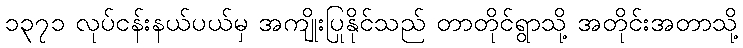
၁၃၇၁ လုပ်ငန်းနယ်ပယ်မှ အကျိုးပြုနိုင်သည် တာတိုင်ရွာသို့ အတိုင်းအတာသို့